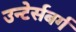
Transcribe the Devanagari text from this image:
उन्टेर्सबर्ग